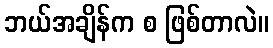
ဘယ်အချိန်က စ ဖြစ်တာလဲ။